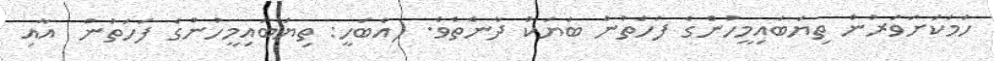
ހަމަކަށަވަރުން ތިޔަބައިމީހުންގެ ފަހަތުން ބަޔަކު ދާނެތެވެ. (އެބަހީ: ތިޔަބައިމީހުންގެ ފަހަތުން  އާއި